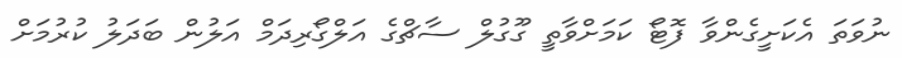
ނުވަތަ އެކަށީގެންވާ ފޮޓޯ ކަމަށްވާތީ ގޫގުލް ސާޗްގެ އަލްގޯރިދަމް އަލުން ބަދަލު ކުރުމަށް